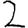
Digit: 2